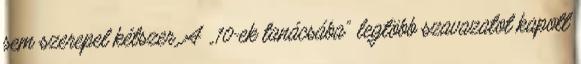
sem szerepel kétszer. A „10-ek tanácsába” legtöbb szavazatot kapott